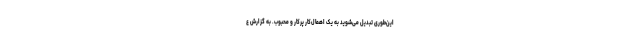
این‌طوری تبدیل می‌شوید به یک اهمال‌کارِ پرکار و محبوب. به گزارش ع